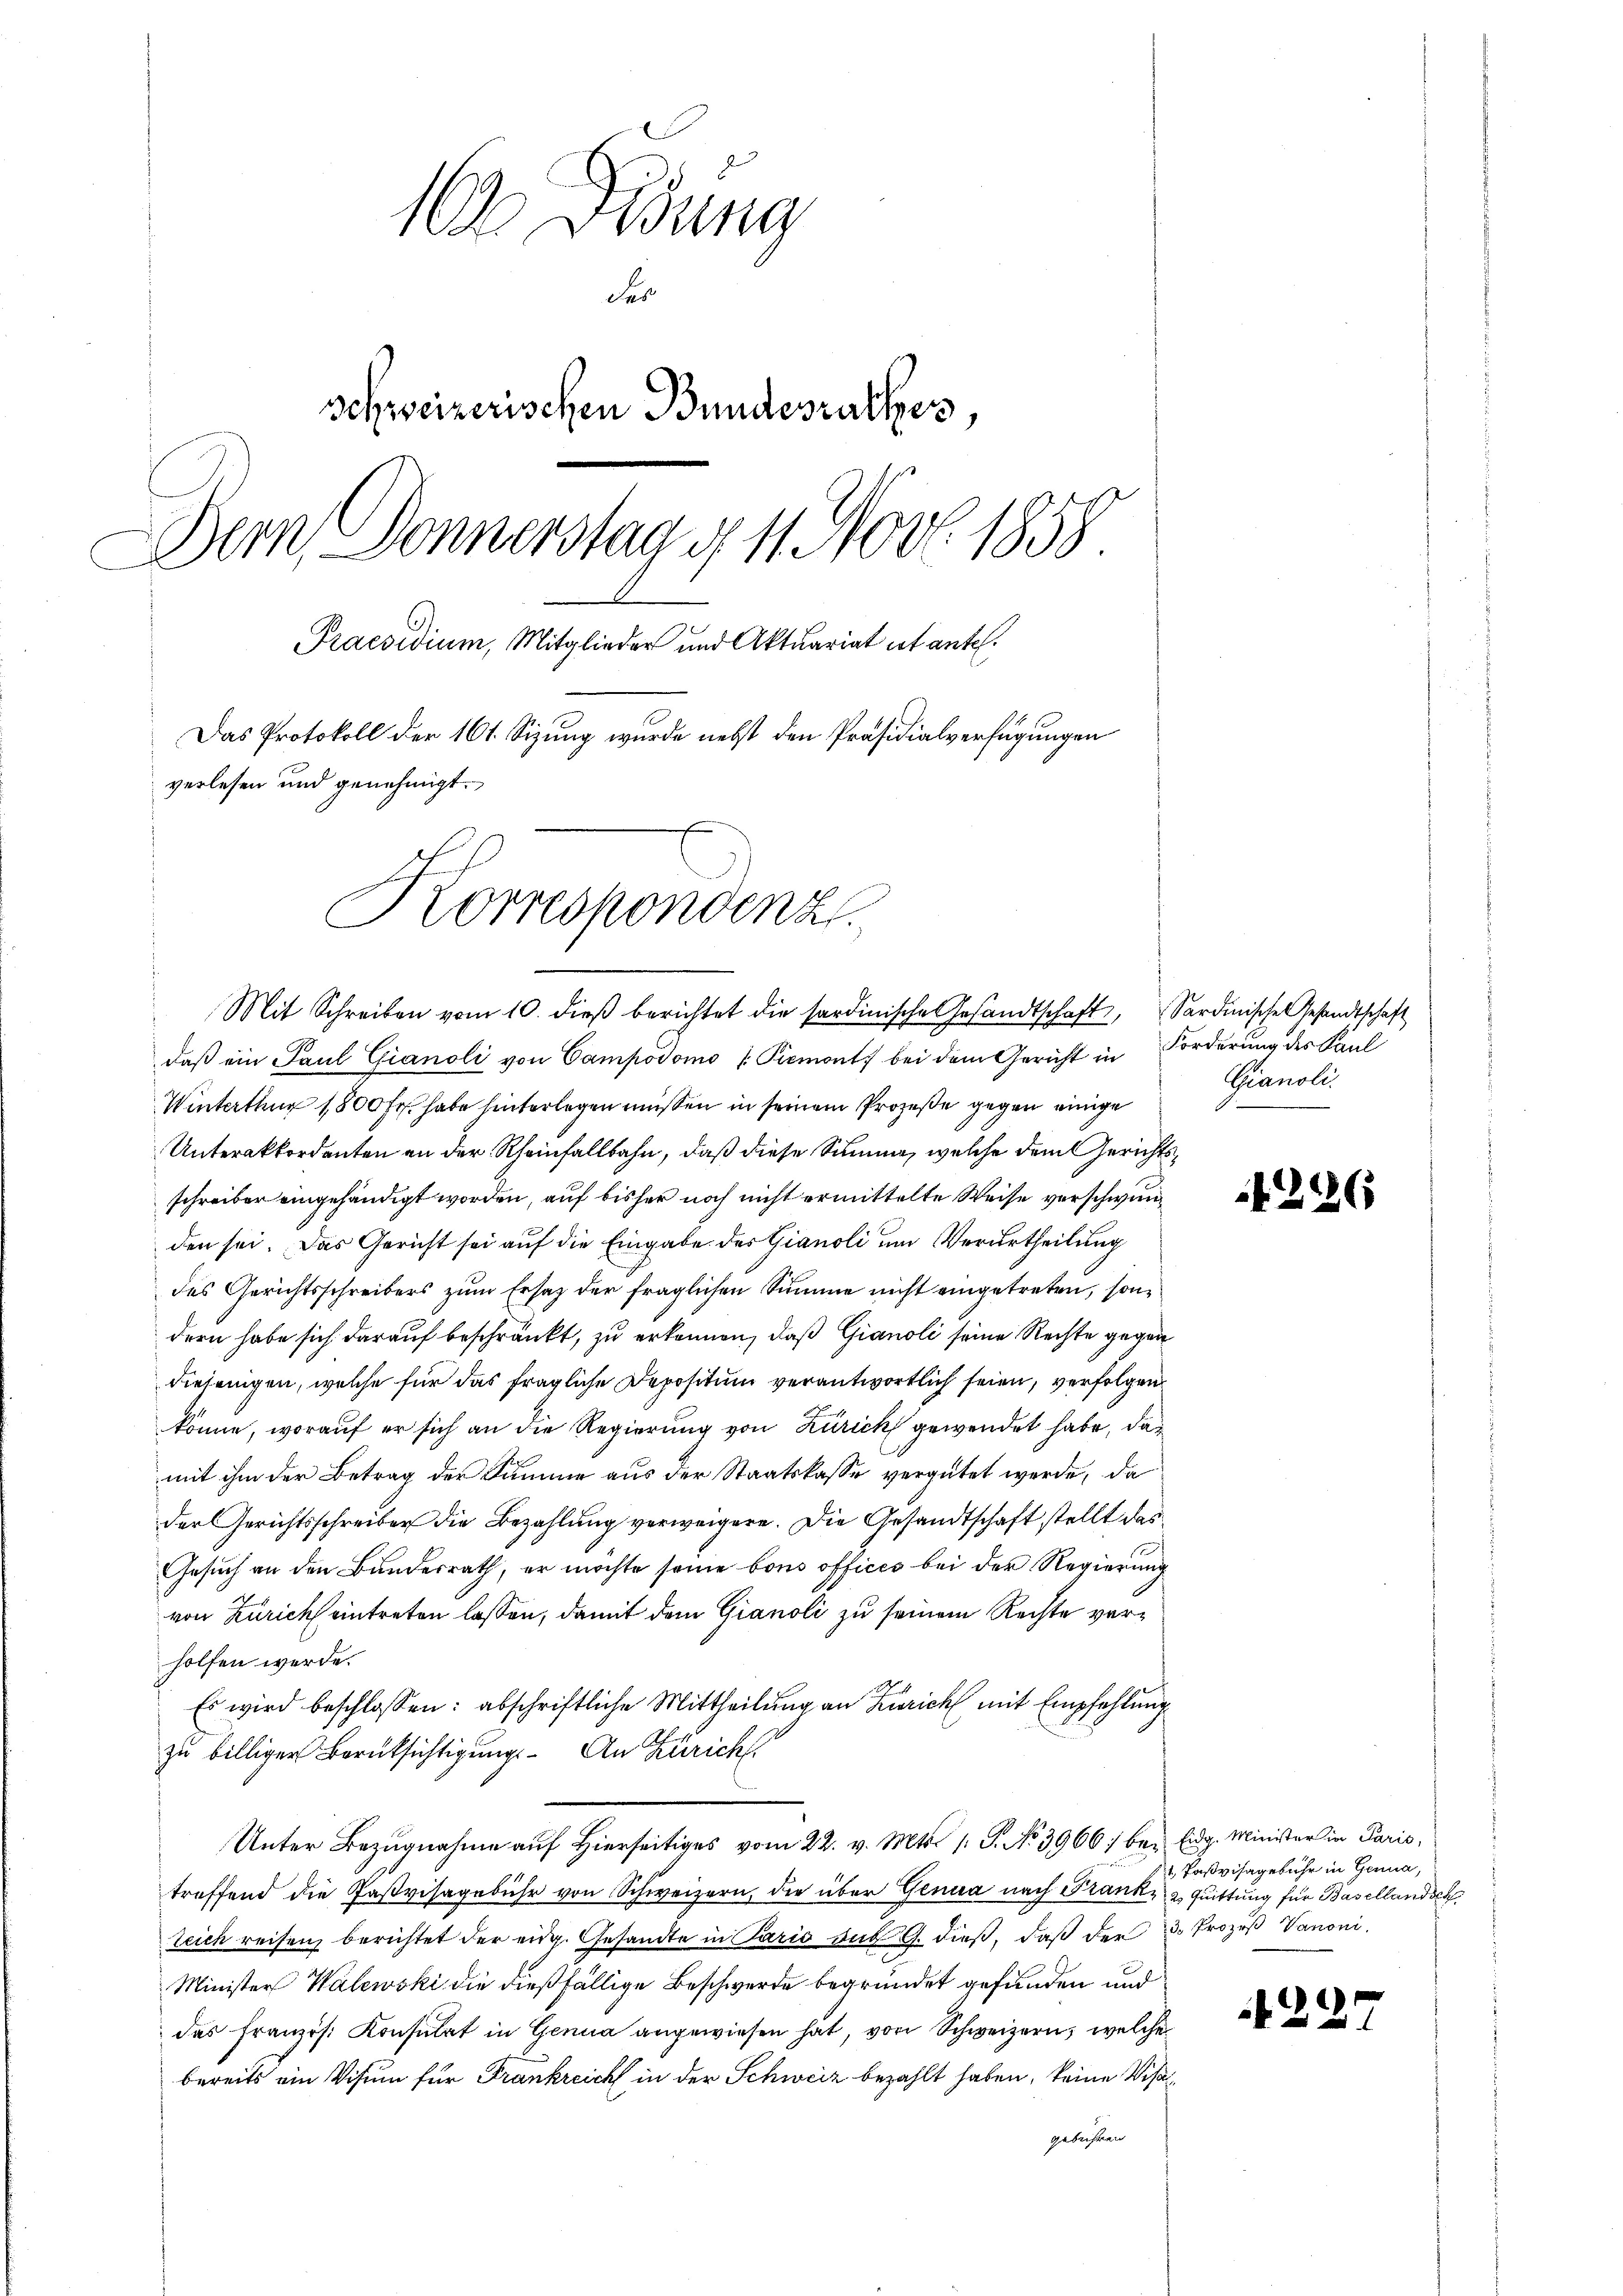
16. Jung
er
schweizerischen Bundesrathes
Bern Donnerstag u. 11. Nov. 1858
Praesidium, Mitglieder und Aktuariat ist antel.
Das Protokoll der 161. Sizung wurde nebst den Präsidialverfügungen
verlesen und genehmigt.
Korrespondenz

Mit Schreiben vom 10. dieβ berichtet die sardinische Gesandtschaft, Sardinische Gesandtschaft
daß ein Paul Gianoli von Campodomo (Piemont bei dem Gericht in Forderung des Faul
Winterthur 1800 Fr. habe hinterlegen müssen in seinem Prozeße gegen einige
Unterakkordenten an der Rheinfallbahn, daß diese Summe, welche dem Gerichtsschreiber eingehändigt worden, auf bisher noch nicht ermittelte Weise verschwunden sei. Das Gericht sei auf die Eingabe des Gianoli um Verurtheilung
des Gerichtsschreibers zum Ersatz der fraglichen Summe nicht eingetreten, sondern habe sich darauf beschränkt, zu erkennen, daß Gianoli seine Rechte gegen
diejenigen, welche für das fragliche Depositum verantwortlich seien, verfolgen
könne, worauf er sich an die Regierung von Zürich gewendet habe, das
mit ihm der Betrag der Summe aus der Staatskasse vergütet werde, da
der Gerichtsschreiber die Bezahlung verweigere. Die Gesandtschaft stellt das
Gesuch an den Bundesrath, er möchte seine bons offices bei der Regierung
von Zürich eintreten lassen, damit dem Gianoli zu seinem Rechte verholfen werde.
Es wird beschlossen: abschriftliche Mittheilung an Zürich mit Empfehlung
zu billiger Berüksichtigungs- An Zürich
Unter Bezŭgnahme aŭf hierseitiges vom 22. v. Mts. 1. No 3966; bei Eidg. Minister in Paris,
treffend die Pasvisagebühr von Schweizern, die über Genua nach Frank, 2. Quittung für Basellandsch
teich reisen, berichtet der eidg. Gesandte in Paris aus G. dieß, daß der 3 Prozeß Vanoni¬
Minister Walewski die dießfällige Beschwerde begründet gefunden und
das französ. Konsulat in Genua angewiesen hat, von Schweizern, welche
bereits ein Visum für Frankreich in der Schweiz bezahlt haben, keine Visa¬
Gebühren

Gianoli.

226

1. Pasvisagebühr in Genua,

421.